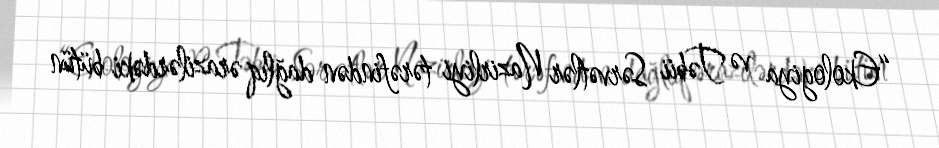
“Ekologiya və Təbii Sərvətlər Nazirliyi tərəfindən dağlıq ərazilərdəki bütün